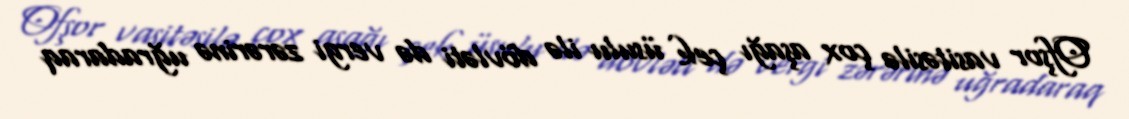
Ofşor vasitəsilə çox aşağı çek üsulu ilə dövləti də vergi zərərinə uğradaraq